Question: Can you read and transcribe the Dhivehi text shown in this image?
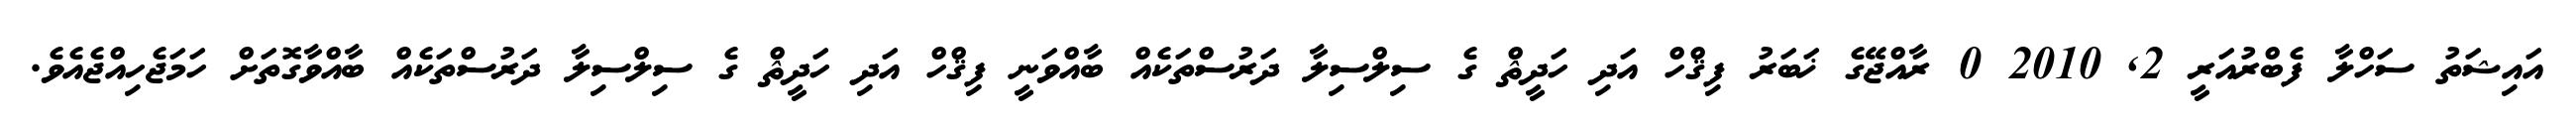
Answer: އައިޝަތު ސަހްލާ ފެބްރުއަރީ 2, 2010 0 ރާއްޖޭގެ ޚަބަރު ފިޤްހް އަދި ހަދީޘް ގެ ސިލްސިލާ ދަރުސްތަކެއް ބާއްވަނީ ފިޤްހް އަދި ހަދީޘް ގެ ސިލްސިލާ ދަރުސްތަކެއް ބާއްވާގޮތަށް ހަމަޖެހިއްޖެއެވެ.